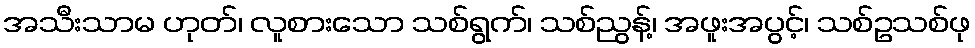
အသီးသာမ ဟုတ်၊ လူစားသော သစ်ရွက်၊ သစ်ညွန့်၊ အဖူးအပွင့်၊ သစ်ဥသစ်ဖု